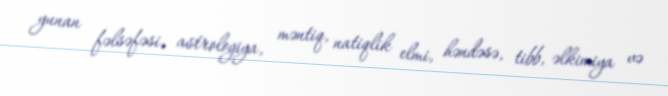
yunan fəlsəfəsi, astrologiya, məntiq, natiqlik elmi, həndəsə, tibb, əlkimiya və